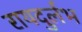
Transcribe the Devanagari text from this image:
रायदुर्लभ